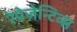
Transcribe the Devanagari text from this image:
रेप्रेज़ेन्टिव्स